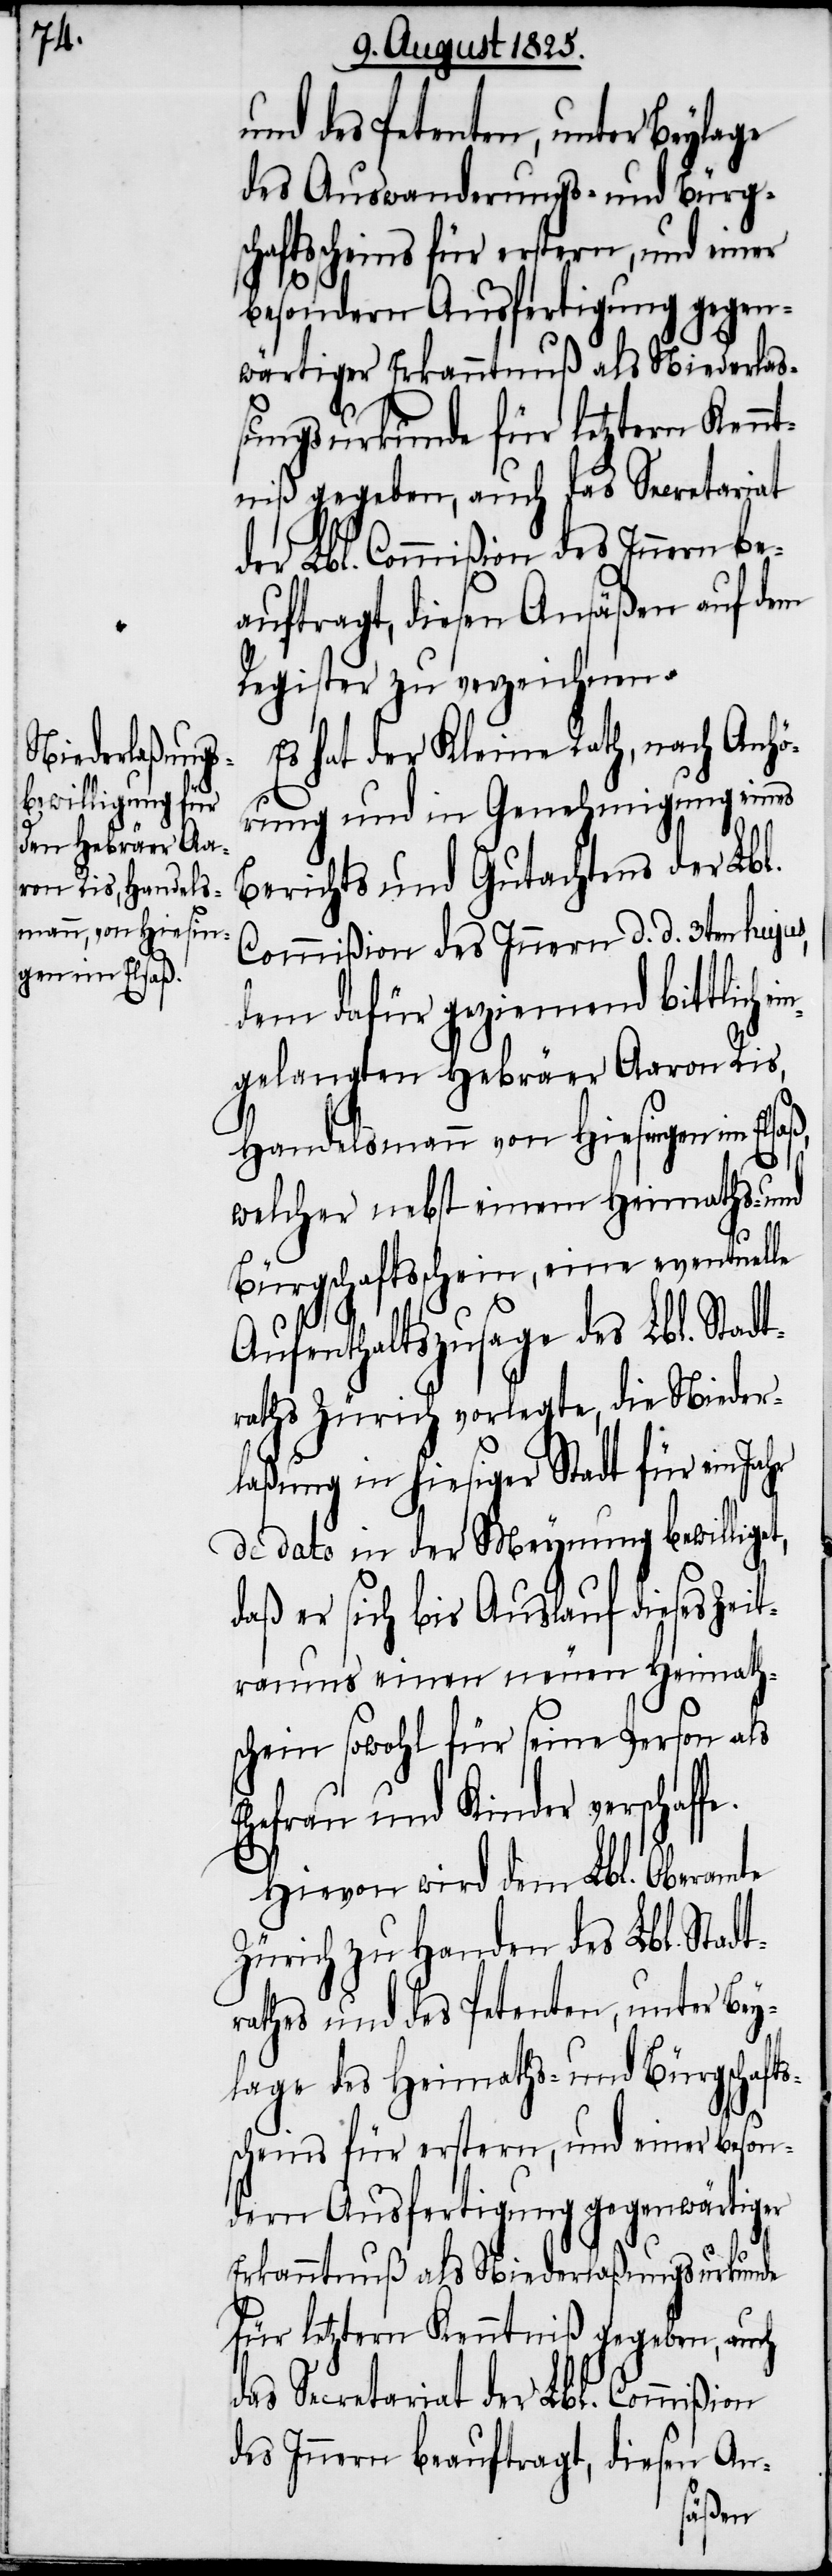
gen im Elsaß,

und des Petenten, unter Beylage
des Auswanderungs-und Bürgsc¬
haftsscheins für erstern, und einer
besondern Ausfertigung gegen¬
wärtiger Erkanntnuß als Niederlas¬
sungsurkunde für letztern Kennt¬
niß gegeben, auch das Secretariat
der Lbl. Commißion des Innern be¬
auftragt, diesen Ansäßen auf dem
Register zu verzeichnen.
Es hat der Kleine Rath, nach Anhö¬
rung und in Genehmigung eines
Berichts und Gutachtens der Lbl.
Commißion des Innern d. d. 3ten hujus,
dem dafür geziemend bittlich e¬
ngelangten Hebräer Aaron Ris,
Handelsmann von Hiesin¬
welcher nebst einem Heimaths- und
Bürgschaftsschein eine eventuelle
Aufenthaltszusage des Lbl. Stadt¬
raths Zürich vorlegte, die Nieder¬
laßung in hiesiger Stadt für ein
de dato in der Meynung bewilliget,
daß er sich bis Auslauf dieses Zeit¬
raums einen neuen Heimath¬
schein sowohl für seine Person als
Ehefrau und Kinder verschaff¬
e.
Hievon wird dem Lbl. Oberamte
Zürich zu Handen des Lbl. Stadt¬
rathes und des Petenten, unter Bey¬
lage des Heimaths- und Bürgschafts¬
scheins für erstern, und einer beson¬
dern Ausfertigung gegenwärtiger
Erkanntnuß als Niederlaßungsurkunde
für letztern Kenntniß gegeben, auch
das Secretariat der Lbl. Commißion
des Innern beauftragt, diesen An-